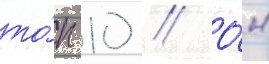
то́п 10 // О́н